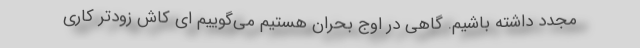
مجدد داشته باشیم. گاهی در اوج بحران هستیم‌ می‌گوییم ای کاش زودتر کاری